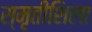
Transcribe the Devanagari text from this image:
स्मृतीशिला